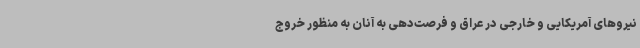
نیروهای آمریکایی و خارجی در عراق و فرصت‌دهی به آنان به منظور خروج